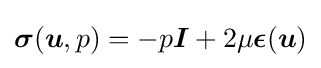
{\boldsymbol {\sigma }}({\boldsymbol {u}},p)=-p{\boldsymbol {I}}+2\mu {\boldsymbol {\epsilon }}({\boldsymbol {u}})